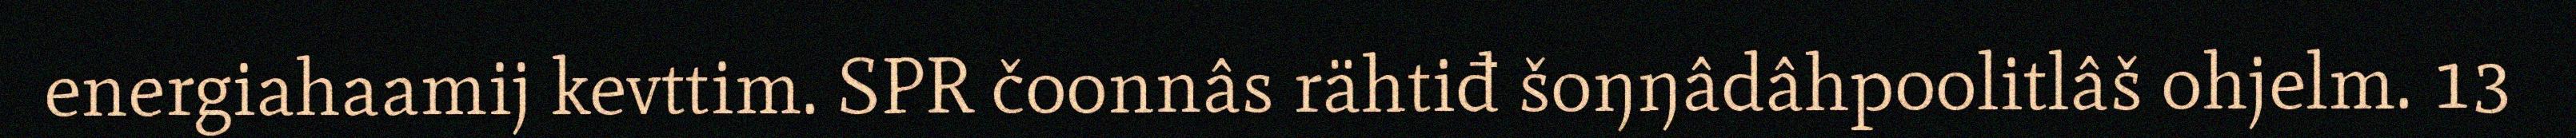
energiahaamij kevttim. SPR čoonnâs rähtiđ šoŋŋâdâhpoolitlâš ohjelm. 13